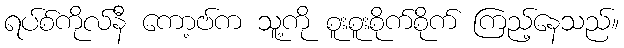
ရပ်စ်ကိုလ်နီ ကော့ဗ်က သူ့ကို စူးစူးစိုက်စိုက် ကြည့်နေသည်။